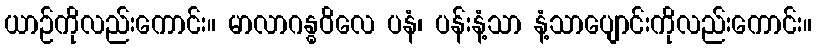
ယာဉ်ကိုလည်းကောင်း။ မာလာဂန္ဓဝိလေ ပနံ၊ ပန်းနံ့သာ နံ့သာပျောင်းကိုလည်းကောင်း။